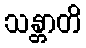
သန္တာတိ